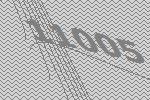
11005